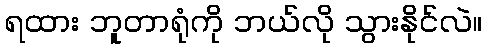
ရထား ဘူတာရုံကို ဘယ်လို သွားနိုင်လဲ။